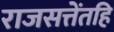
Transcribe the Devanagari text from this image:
राजसत्तेंतहि